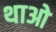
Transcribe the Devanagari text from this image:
थाओ